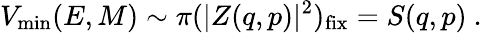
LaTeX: V_{\mathrm{min}}(E,M)\sim\pi(|Z(q,p)|^{2})_{\mathrm{fix}}=S(q,p)\ .